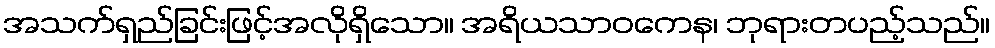
အသက်ရှည်ခြင်းဖြင့်အလိုရှိသော။ အရိယသာဝကေန၊ ဘုရားတပည့်သည်။